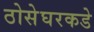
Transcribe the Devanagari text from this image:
ठोसेघरकडे